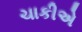
ચાકીએ